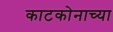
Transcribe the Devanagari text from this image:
काटकोनाच्या